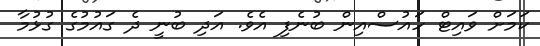
ކަމަށް ވައިޓް ހައުސްއިން ބުނެފި އެވެ. އަދި ބުނީ ދެ ގައުމުގެ ގުޅުމާ